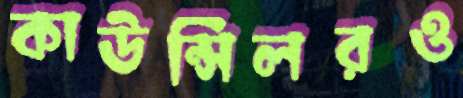
কাউন্সিলরও